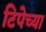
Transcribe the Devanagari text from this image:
टिपेच्या